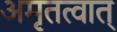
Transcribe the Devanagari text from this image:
अमृतत्वात्